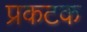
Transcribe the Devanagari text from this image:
प्रकटक